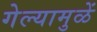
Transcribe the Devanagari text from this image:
गेल्यामुळें